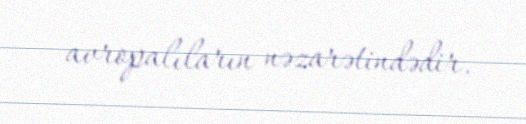
avropalıların nəzarətindədir.